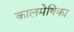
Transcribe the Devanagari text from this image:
कालमेषिका